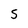
Character: s